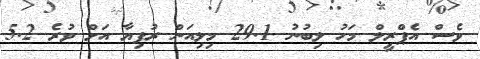
ވެސް އެޕްރީލް މަހު ލިބުނު 29.1 މިލިއަން ރުފިޔާ އަށް ވުރެ 5.2